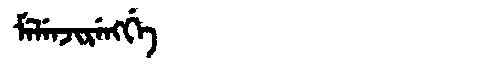
Manchu: ᠮᡝᠯᡝᠨᠵᡳᡵᡝᠩᡤᡝ
Romanization: MELENJIRENGGE